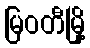
မြဝတီမြို့